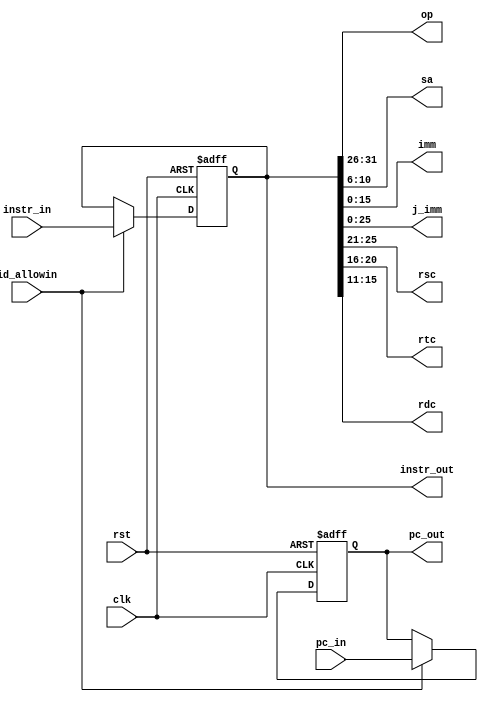
`timescale 1ns / 1ps
//////////////////////////////////////////////////////////////////////////////////
// 
// Design Name: 
// Module Name: ID_PIPE_REG
// 
//////////////////////////////////////////////////////////////////////////////////


module id_pipe_reg
(
    input wire clk,
    input wire rst,
    input wire [31:0] pc_in,
    input wire [31:0] instr_in,
    input wire id_allowin,

    output wire [31:0] pc_out,
    output wire [31:0] instr_out,
    output wire [ 5:0] op,
    output wire [ 4:0] sa,
    output wire [15:0] imm,
    output wire [25:0] j_imm,
    output wire [ 4:0] rsc,
    output wire [ 4:0] rtc,
    output wire [ 4:0] rdc
);


reg [31:0] pc, instr;

// cache the pipeline signal and data
always @ (posedge clk or posedge rst) begin
    if(rst) begin
        pc      <= 32'h003f_fffc;
        instr   <= 32'h0000_0000;
    end
    else if(id_allowin) begin
        pc      <= pc_in;
        instr   <= instr_in;
    end
    else begin
    
    end
end

// dispatcher all the op data segment
assign pc_out    = pc;
assign instr_out = instr;
assign op        = instr[31:26];
assign imm       = instr[15: 0];
assign j_imm     = instr[25: 0];
assign sa        = instr[10: 6];
assign rsc       = instr[25:21];
assign rtc       = instr[20:16];
assign rdc       = instr[15:11];


endmodule